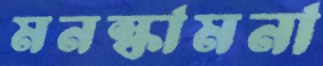
মনস্কামনা